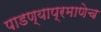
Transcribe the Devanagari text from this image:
पाडण्याप्रमाणेच